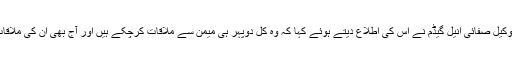
ان کے وکیل صفائی انیل گیڈم نے اس کی اطلاع دیتے ہوئے کہا کہ وہ کل دوپہر ہی میمن سے ملاقات کرچکے ہیں اور آج بھی ان کی ملاقات ہوئی۔